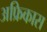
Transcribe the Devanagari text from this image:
अफ्रिकास